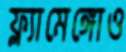
ফ্ল্যামেঙ্গোও